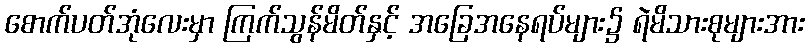
စောက်ပတ်အုံလေးမှာ ကြက်သွန်မိတ်နှင့် အခြေအနေရပ်များ၌ ရဲမိသားစုများအား